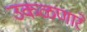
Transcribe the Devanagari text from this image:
उकळणारे